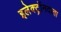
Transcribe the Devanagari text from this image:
इलेक्ट्रॉनदाता